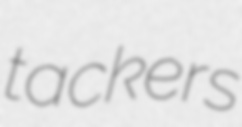
tackers